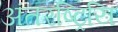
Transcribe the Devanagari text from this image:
अंतरष्ट्रियि